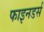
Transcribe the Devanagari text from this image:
फाइनडर्स